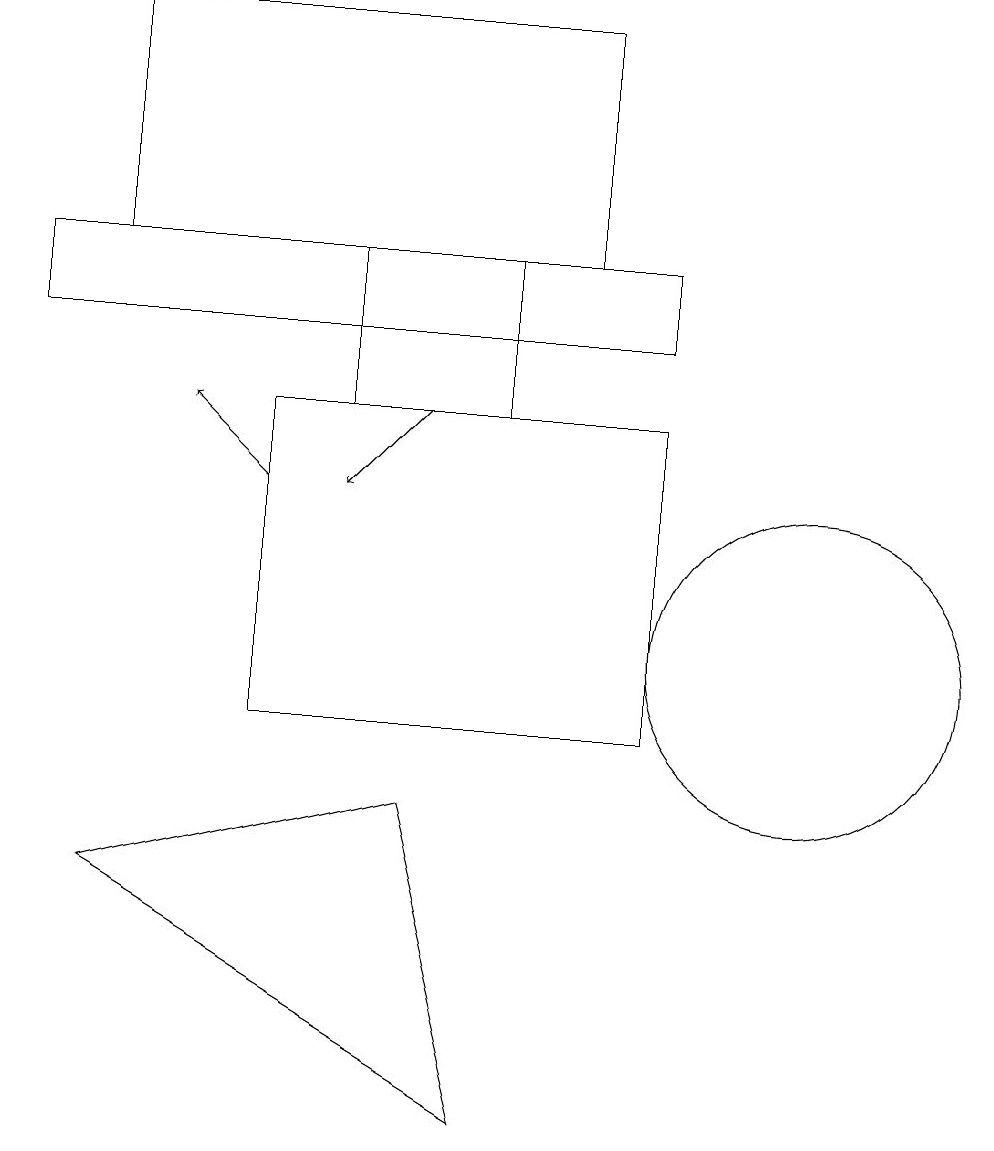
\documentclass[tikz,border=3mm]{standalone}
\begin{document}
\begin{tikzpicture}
\draw (1,8) -- (5,9) -- (6,5) -- cycle;
\draw (10,11) circle (2);
\draw (0,15) rectangle (8,16);
\draw[->] (3,13) -- (2,14);
\draw[->] (5,14) -- (4,13);
\draw (3,10) rectangle (8,14);
\draw (7,16) rectangle (1,19);
\draw (4,16) rectangle (6,14);
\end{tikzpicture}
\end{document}